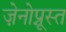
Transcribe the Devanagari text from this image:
ज़ेनोप्नूस्त